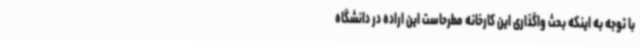
با توجه به اینکه بحث واگذاری این کارخانه مطرحاست این اراده در دانشگاه